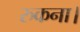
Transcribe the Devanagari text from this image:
रुकना।